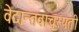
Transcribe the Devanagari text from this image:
वेदान्तवाचस्पती